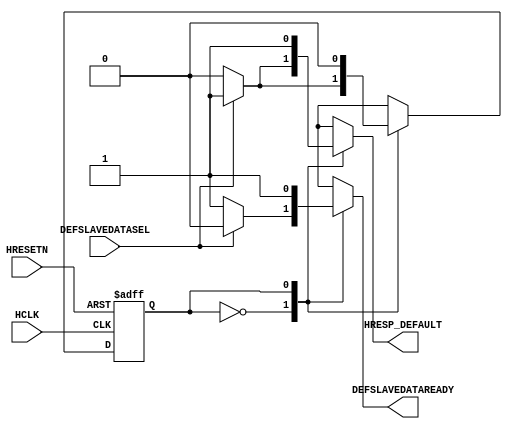
// ********************************************************************/
// Actel Corporation Proprietary and Confidential
// Copyright 2010 Actel Corporation.  All rights reserved.
//
// ANY USE OR REDISTRIBUTION IN PART OR IN WHOLE MUST BE HANDLED IN
// ACCORDANCE WITH THE ACTEL LICENSE AGREEMENT AND MUST BE APPROVED
// IN ADVANCE IN WRITING.
//
// Description:	CoreAHBLite default slave state machine logic for
//				matrix (2 masters by 16 slaves)
//
// Revision Information:
// Date			Description
// ----			-----------------------------------------
// 10Feb10		Production Release Version 3.1
//
// SVN Revision Information:
// SVN $Revision: 11955 $
// SVN $Date: 2010-01-30 15:35:13 -0800 (Sat, 30 Jan 2010) $
//
// Resolved SARs
// SAR      Date     Who   Description
//
// Notes:
// 1. best viewed with tabstops set to "4" (tabs used throughout file)
//
// *********************************************************************/
`timescale 1ns/1ps
module COREAHBLITE_DEFAULTSLAVESM
(
input						HCLK,
input						HRESETN,
input						DEFSLAVEDATASEL,
output	reg					DEFSLAVEDATAREADY,
output	reg					HRESP_DEFAULT
);
localparam IDLE				= 1'b0;
localparam HRESPEXTEND		= 1'b1;
reg							defSlaveSMNextState;
reg							defSlaveSMCurrentState;
    always @ ( * )
    begin
        DEFSLAVEDATAREADY = 1'b1;
        HRESP_DEFAULT = 1'b0;
        case ( defSlaveSMCurrentState )
        IDLE:
        begin
            if ( DEFSLAVEDATASEL )
            begin
                DEFSLAVEDATAREADY = 1'b0;
                HRESP_DEFAULT = 1'b1;
                defSlaveSMNextState = HRESPEXTEND;
            end
            else
                defSlaveSMNextState = IDLE;
        end
        HRESPEXTEND:
        begin
            HRESP_DEFAULT = 1'b1;
            defSlaveSMNextState = IDLE;
        end
        default:
            defSlaveSMNextState = IDLE;
        endcase
    end
    always @ ( posedge HCLK or negedge HRESETN )
    begin
        if ( !HRESETN )
            defSlaveSMCurrentState <= IDLE;
        else
            defSlaveSMCurrentState <= defSlaveSMNextState;
    end
endmodule